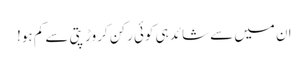
ان میں سے شائد ہی کوئی رکن کروڑ پتی سے کم ہو!